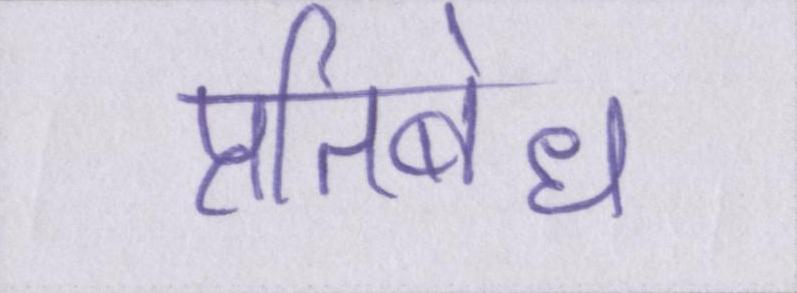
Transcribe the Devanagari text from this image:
प्रतिबंध